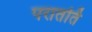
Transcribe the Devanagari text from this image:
परातर्ति